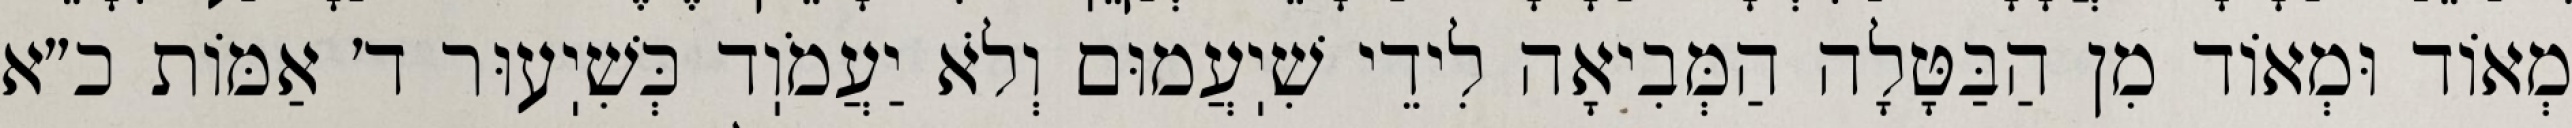
מְאוֹד וּמְאוֹד מִן הַבַּטָּלָה הַמְּבִיאָה לִידֵי שִׁיֽעֲמוּם וְלֹא יַעֲמֹוֽד כְּשִׁיֽעוּר ד׳ אַמּוֹת כ״א